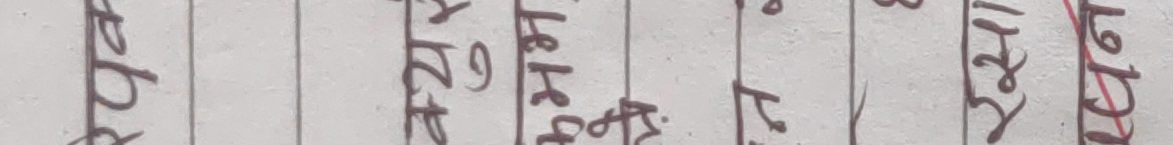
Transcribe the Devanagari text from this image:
मदन राधादेवी हेमलता पुष्पादेवी विपिन शर्मा लोकेशलाल